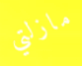
مازلتي